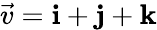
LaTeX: {\vec{v}}=\mathbf{i}+\mathbf{j}+\mathbf{k}